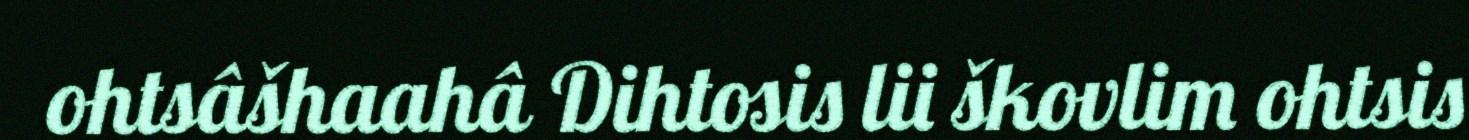
ohtsâšhaahâ Dihtosis lii škovlim ohtsis